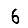
Digit: 6